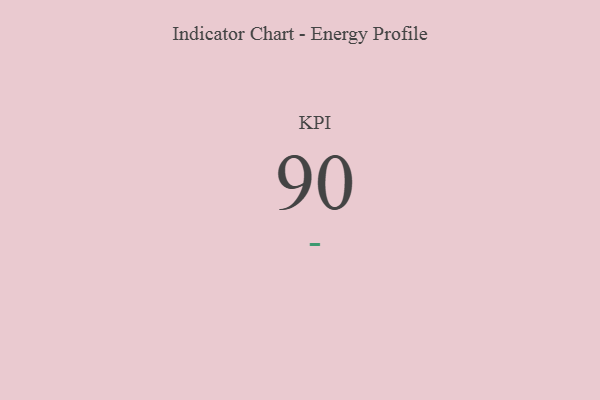
{"axis": {"x": "KPI", "y": "Value"}, "legend": [""], "data": [{"x": "KPI", "y": 90, "type": ""}]}